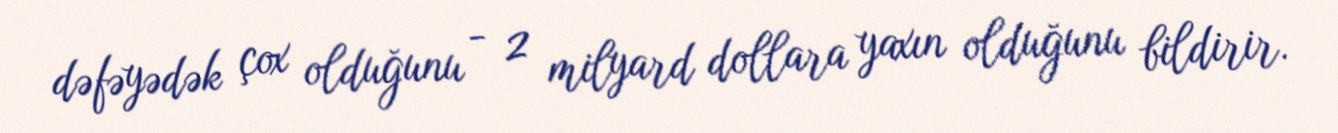
dəfəyədək çox olduğunu - 2 milyard dollara yaxın olduğunu bildirir.